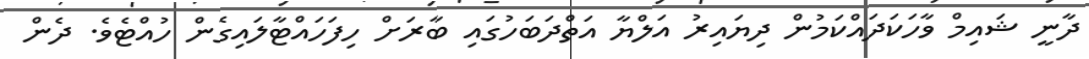
ދާނީ ޝައިމް ވާހަކަދައްކަމުން ދިޔައިރު އަލްޔާ އަތްދަބަހުގައި ބާރަށް ހިފަހައްޓާލައިގެން ހުއްޓެވެ. ދެން